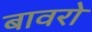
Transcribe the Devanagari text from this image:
बावरो